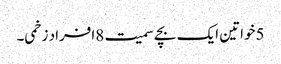
5خواتین ایک بچے سمیت 8افراد زخمی۔